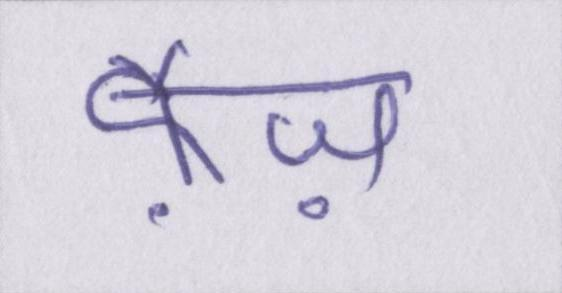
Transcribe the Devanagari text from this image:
फ़ैज़